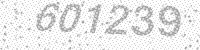
Solution: 601239